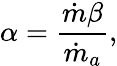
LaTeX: \alpha=\frac{\dot{m}\beta}{{\dot{m}_{a}}},